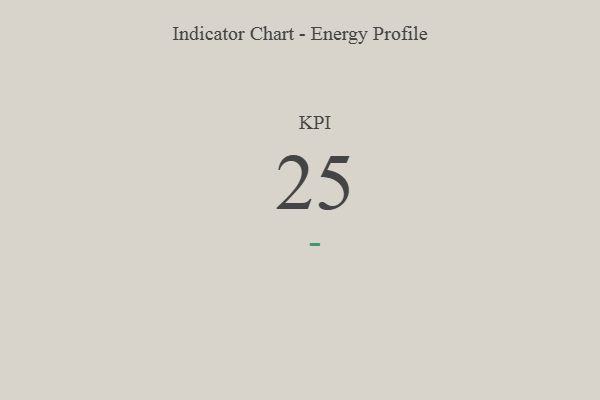
{"axis": {"x": "KPI", "y": "Value"}, "legend": [""], "data": [{"x": "KPI", "y": 25, "type": ""}]}